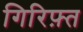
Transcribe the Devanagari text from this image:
गिरिफ़्त